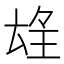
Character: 𱯁